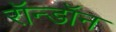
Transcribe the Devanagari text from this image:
रॉन्डॉन